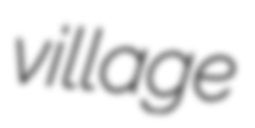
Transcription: village